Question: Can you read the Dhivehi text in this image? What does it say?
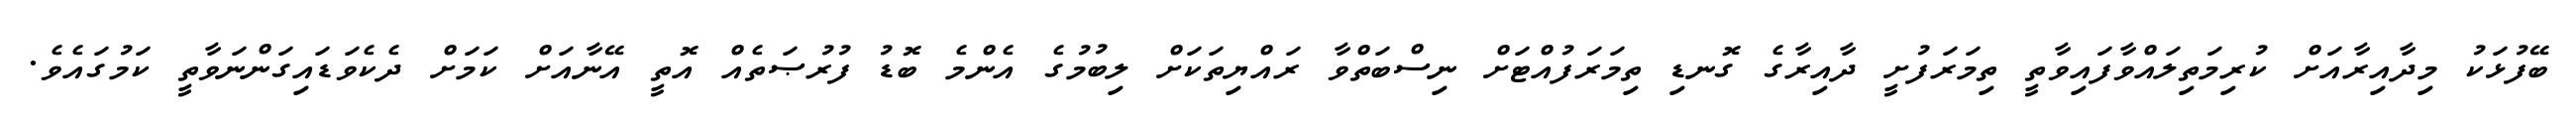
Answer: ބޭފުޅަކު މިދާއިރާއަށް ކުރިމަތިލައްވާފައިވާތީ ތިމަރަފުށީ ދާއިރާގެ ގޮނޑި ތިމަރަފުއްޓަށް ނިސްބަތްވާ ރައްޔިތަކަށް ލިބުމުގެ އެންމެ ބޮޑު ފުރުޞަތެއް އޮތީ އޭނާއަށް ކަމަށް ދެކެވަޑައިގަންނަވާތީ ކަމުގައެވެ.